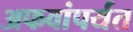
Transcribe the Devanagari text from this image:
अफवांपर्यंत